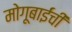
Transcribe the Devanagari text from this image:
मोगूबाईंची